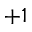
+ 1